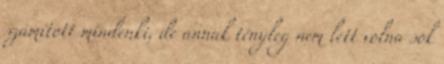
számított mindenki, de annak tényleg nem lett volna sok